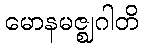
မောနမဇ္ဈဂါတိ